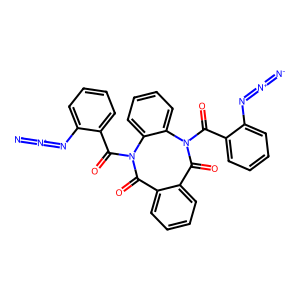
SMILES: [N-]=[N+]=Nc1ccccc1C(=O)N1C(=O)c2ccccc2C(=O)N(C(=O)c2ccccc2N=[N+]=[N-])c2ccccc21
Inhibits HIV replication: No